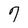
Character: 7